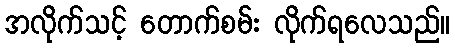
အလိုက်သင့် တောက်စမ်း လိုက်ရလေသည်။